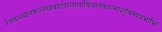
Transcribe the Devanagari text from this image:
त्रिसन्ध्यानमल्लेखकोटीरनानाविधानेकरत्नांशुबिम्बप्रभाभिः